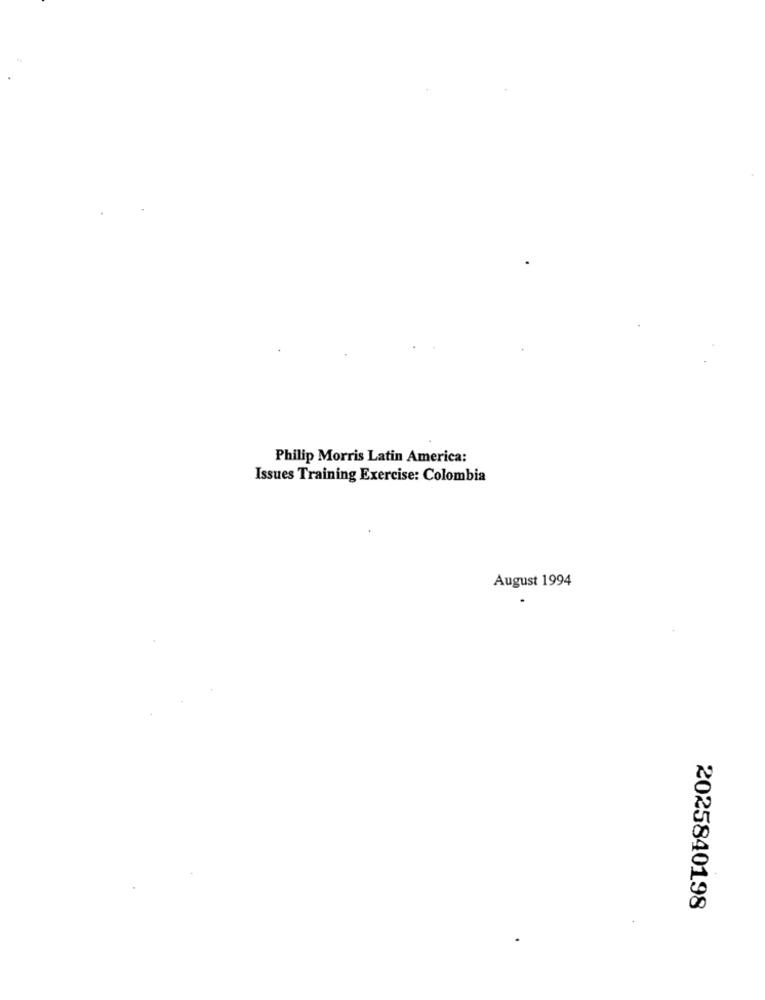
Philip Morris Latin America:
Issues Training Exercise: Colombia
August 1994
2025840198